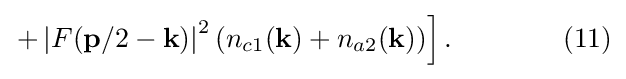
\left.+\left|F(\mathbf {p} /2-\mathbf {k} )\right|^{2}(n_{c1}(\mathbf {k} )+n_{a2}(\mathbf {k} ))\right].\quad \quad \quad \quad (11)